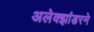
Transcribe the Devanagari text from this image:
अलेक्झांडरने